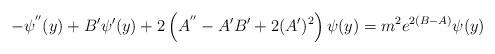
LaTeX: \begin{align*}-\psi^{''}(y)+B'\psi'(y)+2\left(A^{''}-A'B'+2(A')^2\right)\psi(y)=m^2e^{2(B-A)}\psi(y)\end{align*}